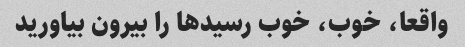
واقعا، خوب، خوب رسیدها را بیرون بیاورید